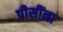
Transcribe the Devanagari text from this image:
पीसींना